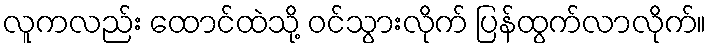
လူကလည်း ထောင်ထဲသို့ ဝင်သွားလိုက် ပြန်ထွက်လာလိုက်။